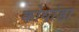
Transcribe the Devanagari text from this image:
कोथांडा